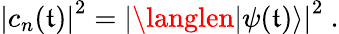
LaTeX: \left|c_{n}(\mathfrak{t})\right|^{2}=\left|\langlen|\psi(\mathfrak{t})\rangle\right|^{2}~.